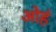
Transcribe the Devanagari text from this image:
ओहं